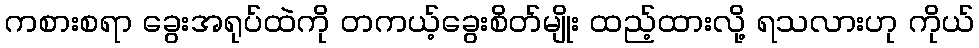
ကစားစရာ ခွေးအရုပ်ထဲကို တကယ့်ခွေးစိတ်မျိုး ထည့်ထားလို့ ရသလားဟု ကိုယ်